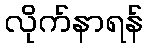
လိုက်နာရန်